Report of the Municipal Commissioner on the plague in Bombay for the year ending 31st May... - Volume 1
Disease focus: Plague
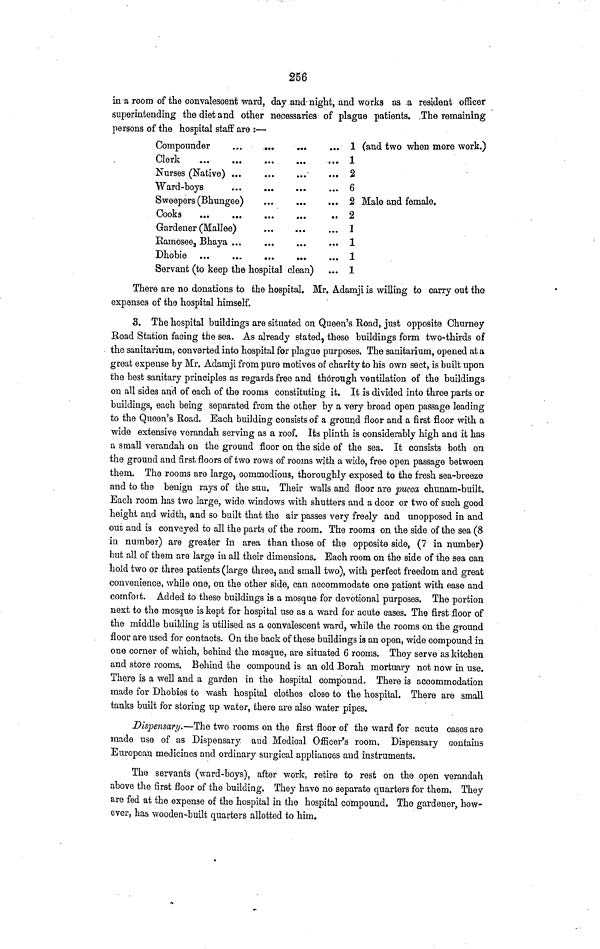
256
in a room of the convalescent ward, day and night, and works as ,a resident officer
superintending the diet and other necessaries of plague patients. The remaining
persons of the hospital staff are :
Clerk
Sweepers (Bhungee)
Gardener (Mallee)
Ramosee, Bhaya ...
Dhobie
...
•••
Servant (to keep the hospital clean)
1
... 1
... 2
... 6
... 2
.. 2
... 1
... 1
... 1
... 1
(and two when more work.)
Male and female.
There are no donations to the hospital. Mr. Adamji is willing to carry out the
expenses of the hospital himself.
3. The hospital buildings are situated on Queen's Road, just opposite Churney
Road Station facing the sea. As already stated, these buildings form two-thirds of
the sanitarium, converted into hospital for plague purposes. The sanitarium, opened at a
great expense by Mr. Adamji from pure motives of charity to his own sect, is built upon
the best sanitary principles as regards free and thorough ventilation of the buildings
on all sides and of each of the rooms constituting it. It is divided into three parts or
buildings, each being separated from the other by a very broad open passage leading
to the Queen's Road. Each building consists of a ground floor and a first floor with a
wide extensive verandah serving as a roof. Its plinth is considerably high and it has
a small verandah on the ground floor on the side of the sea. It consists both on
the ground and first floors of two rows of rooms with a wide, free open passage between
them. The rooms are large, commodious, thoroughly exposed to the fresh sea-breeze
and to the benign rays of the suu. Their walls and floor are pucca chunam-built.
Each room has two large, wide windows with shutters and a door or two of such good
height and width, and so built that the air passes very freely and unopposed in and
out and is conveyed to all the parts of the room. The rooms on the side of the sea (8
in number) are greater in area than those of the opposite side, (7 in number)
but all of them are large in all their dimensions. Each room on the side of the sea can
hold two or three patients (large three, and small two), with perfect freedom and great
convenience, while one, on the other side, can accommodate one patient with ease and
comfort. Added to these buildings is a mosque for devotional purposes. The portion
next to the mosque is kept for hospital use as a ward for acute cases. The first floor of
the middle building is utilised as a convalescent ward, while the rooms on the ground
floor are used for contacts. On the back of these buildings is an open, wide compound in
one comer of which, behind the mosque, are situated 6 rooms. They serve as kitchen
and store rooms. Behind the compound is an old Borah mortuary not now in use.
There is a well and a garden in the hospital compound. There is accommodation
made for Dhobies to wash hospital clothes close to the hospital. There are small
tanks built for storing up water, there are also water pipes.
Dispensary.—The two rooms on the first floor of the ward for acute cases are
made use of as Dispensary and Medical Officer's room. Dispensary contains
European medicines and ordinary surgical appliances and instruments.
The servants (ward-boys), after work, retire to rest on the open verandah
above the first floor of the building. They have no separate quarters for them. They
are fed at the expense of the hospital in the hospital compound. The gardener, how-
ever, has wooden-built quarters allotted to him.